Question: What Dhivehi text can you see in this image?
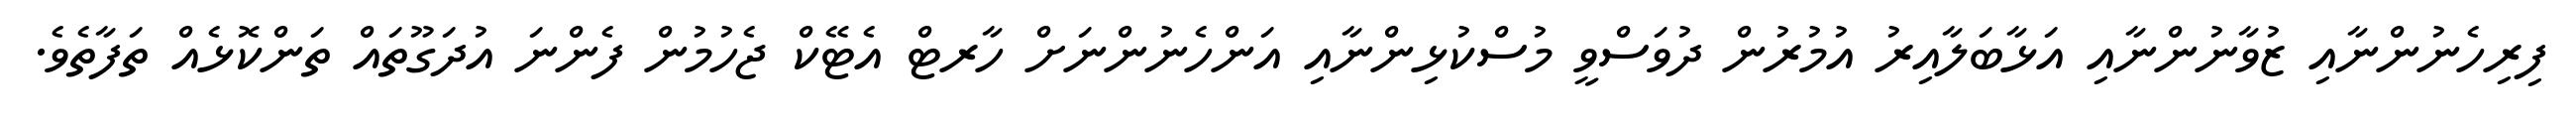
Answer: ފިރިހެނުންނާއި ޒުވާނުންނާއި އަޅާބަލާއިރު އުމުރުން ދުވަސްވީ މުސްކުޅިންނާއި އަންހެނުންނަށް ހާރޓް އެޓޭކް ޖެހުމުން ފެންނަ އުދަގޫތައް ތަންކޮޅެއް ތަފާތެވެ.